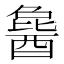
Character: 𬪰